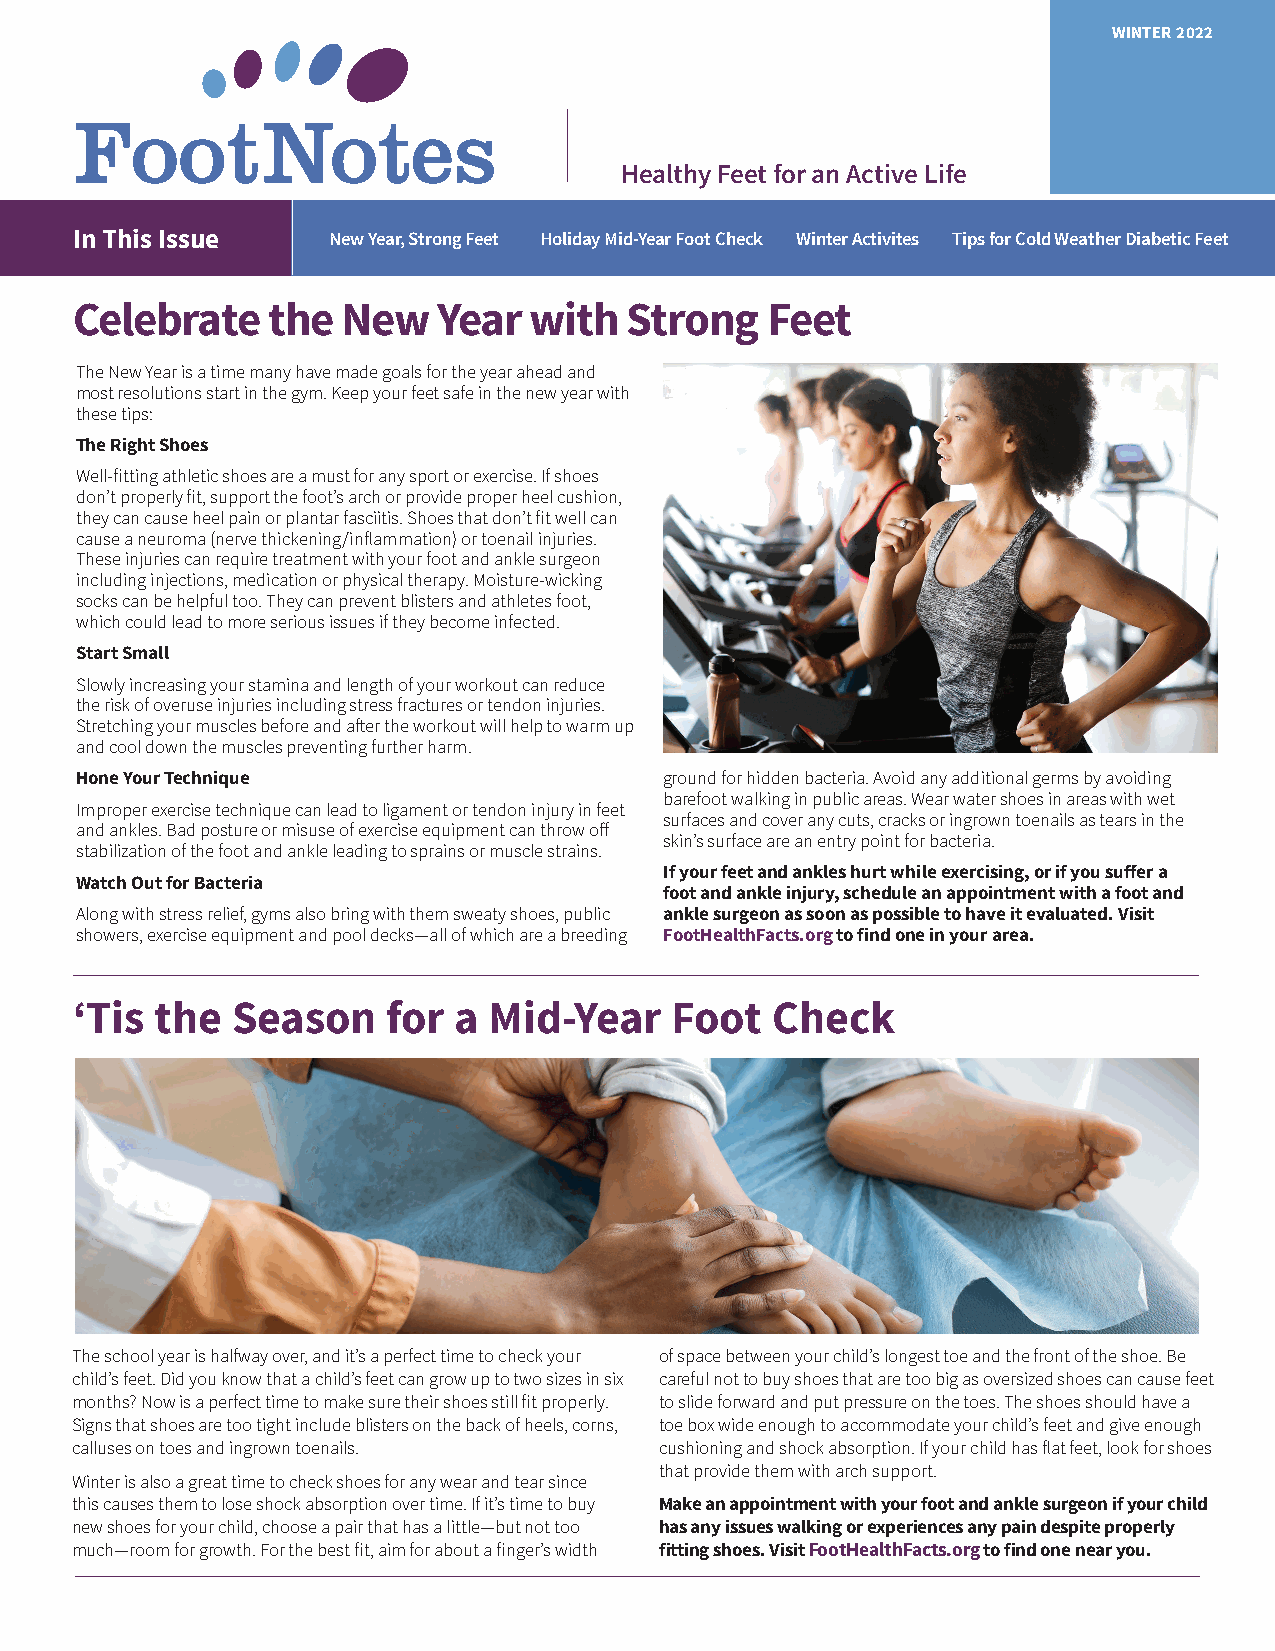
WINTER 2022
 Healthy Feet for an Active Life
 In This Issue    New Year, Strong Feet Holiday Mid-Year Foot Check Winter Activites Tips for Cold Weather Diabetic Feet
 Celebrate    the  New   Year  with  Strong    Feet
 The New Year is a time many have made goals for the year ahead and
 most resolutions start in the gym. Keep your feet safe in the new year with
 these tips:
 The Right Shoes
 Well-fitting athletic shoes are a must for any sport or exercise. If shoes
 don’t properly fit, support the foot’s arch or provide proper heel cushion,
 they can cause heel pain or plantar fasciitis. Shoes that don’t fit well can
 cause a neuroma (nerve thickening/inflammation) or toenail injuries.
 These injuries can require treatment with your foot and ankle surgeon
 including injections, medication or physical therapy. Moisture-wicking
 socks can be helpful too. They can prevent blisters and athletes foot,
 which could lead to more serious issues if they become infected.
 Start Small
 Slowly increasing your stamina and length of your workout can reduce
 the risk of overuse injuries including stress fractures or tendon injuries.
 Stretching your muscles before and after the workout will help to warm up
 and cool down the muscles preventing further harm.
 Hone Your Technique                    ground for hidden bacteria. Avoid any additional germs by avoiding
 barefoot walking in public areas. Wear water shoes in areas with wet
 Improper exercise technique can lead to ligament or tendon injury in feet
 surfaces and cover any cuts, cracks or ingrown toenails as tears in the
 and ankles. Bad posture or misuse of exercise equipment can throw off
 skin’s surface are an entry point for bacteria.
 stabilization of the foot and ankle leading to sprains or muscle strains.
 If your feet and ankles hurt while exercising, or if you suffer a
 Watch Out for Bacteria
 foot and ankle injury, schedule an appointment with a foot and
 Along with stress relief, gyms also bring with them sweaty shoes, public ankle surgeon as soon as possible to have it evaluated. Visit
 showers, exercise equipment and pool decks—all of which are a breeding FootHealthFacts.org to find one in your area.
 ‘Tis the  Season     for a Mid-Year    Foot   Check
 The school year is halfway over, and it’s a perfect time to check your of space between your child’s longest toe and the front of the shoe. Be
 child’s feet. Did you know that a child’s feet can grow up to two sizes in six careful not to buy shoes that are too big as oversized shoes can cause feet
 months? Now is a perfect time to make sure their shoes still fit properly. to slide forward and put pressure on the toes. The shoes should have a
 Signs that shoes are too tight include blisters on the back of heels, corns, toe box wide enough to accommodate your child’s feet and give enough
 calluses on toes and ingrown toenails. cushioning and shock absorption. If your child has flat feet, look for shoes
 that provide them with arch support.
 Winter is also a great time to check shoes for any wear and tear since
 this causes them to lose shock absorption over time. If it’s time to buy Make an appointment with your foot and ankle surgeon if your child
 new shoes for your child, choose a pair that has a little—but not too has any issues walking or experiences any pain despite properly
 much—room for growth. For the best fit, aim for about a finger’s width fitting shoes. Visit FootHealthFacts.org to find one near you.